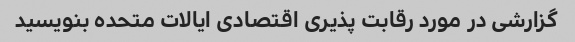
گزارشی در مورد رقابت پذیری اقتصادی ایالات متحده بنویسید